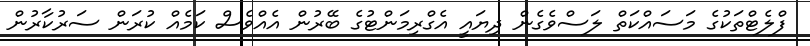
ފްލެޓްތަކުގެ މަސައްކަތް ލަސްވެގެން ދިޔައީ އެގްރިމަންޓުގެ ބޭރުން އެއްވެސް ކަމެއް ކުރަން ސަރުކާރުން